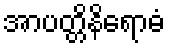
အာပတ္တိနိရောဓံ